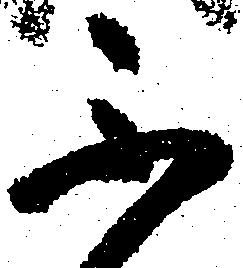
不